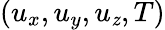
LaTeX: (u_{x},u_{y},u_{\mathit{z}},T)